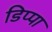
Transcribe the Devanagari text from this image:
डिप्पा